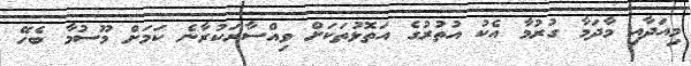
މިއަދާއި މާދަމާ ގުރުމާ އެކު އުތުރުގެ އަތޮޅުތަކަށް ވިއްސާރަކުރާނެ ކަމަށް މޫސުމާ ބެހޭ